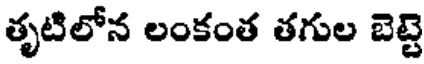
తృటిలోన లంకంత తగుల బెట్టె